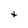
Character: t